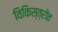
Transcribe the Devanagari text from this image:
विकिस्त्रोत